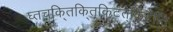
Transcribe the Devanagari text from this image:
घ्तचकि्तकि्तकिटत्ेकिटे्ति्ि